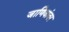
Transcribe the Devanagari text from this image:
जाणिवांवर